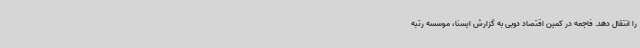
را انتقال دهد. فاجعه در کمین اقتصاد دوبی به گزارش ایسنا، موسسه رتبه